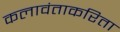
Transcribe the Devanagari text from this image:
कलावंताकरिता